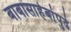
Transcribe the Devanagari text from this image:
बाबासाहेबांपुढे